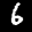
Digit: 6